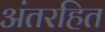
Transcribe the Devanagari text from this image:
अंतरहित